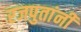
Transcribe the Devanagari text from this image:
रजपुतांनी